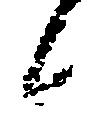
候